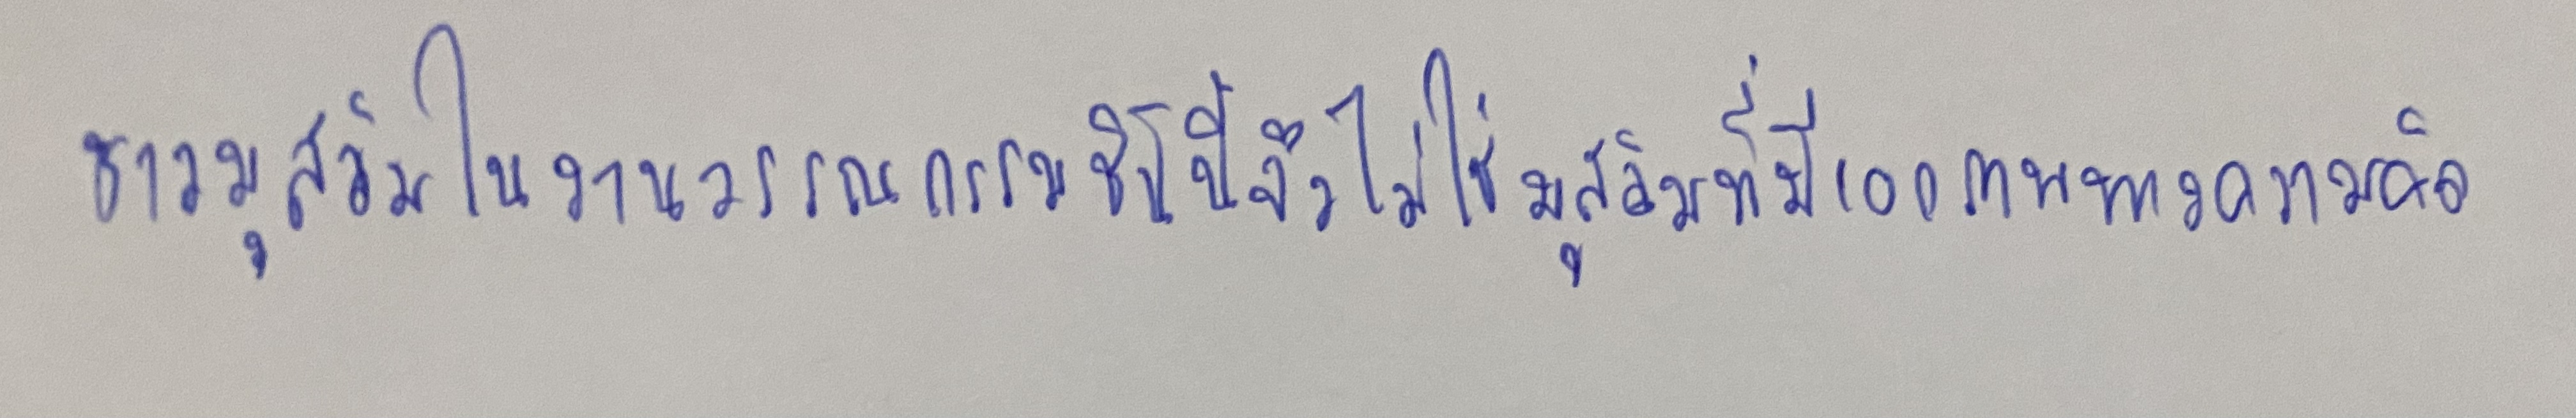
ชาวมุสลิมในงานวรรณกรรมชิ้นนี้จึงไม่ใช่มุสลิมที่มีเอกภาพทางความคิด